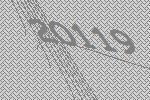
20119